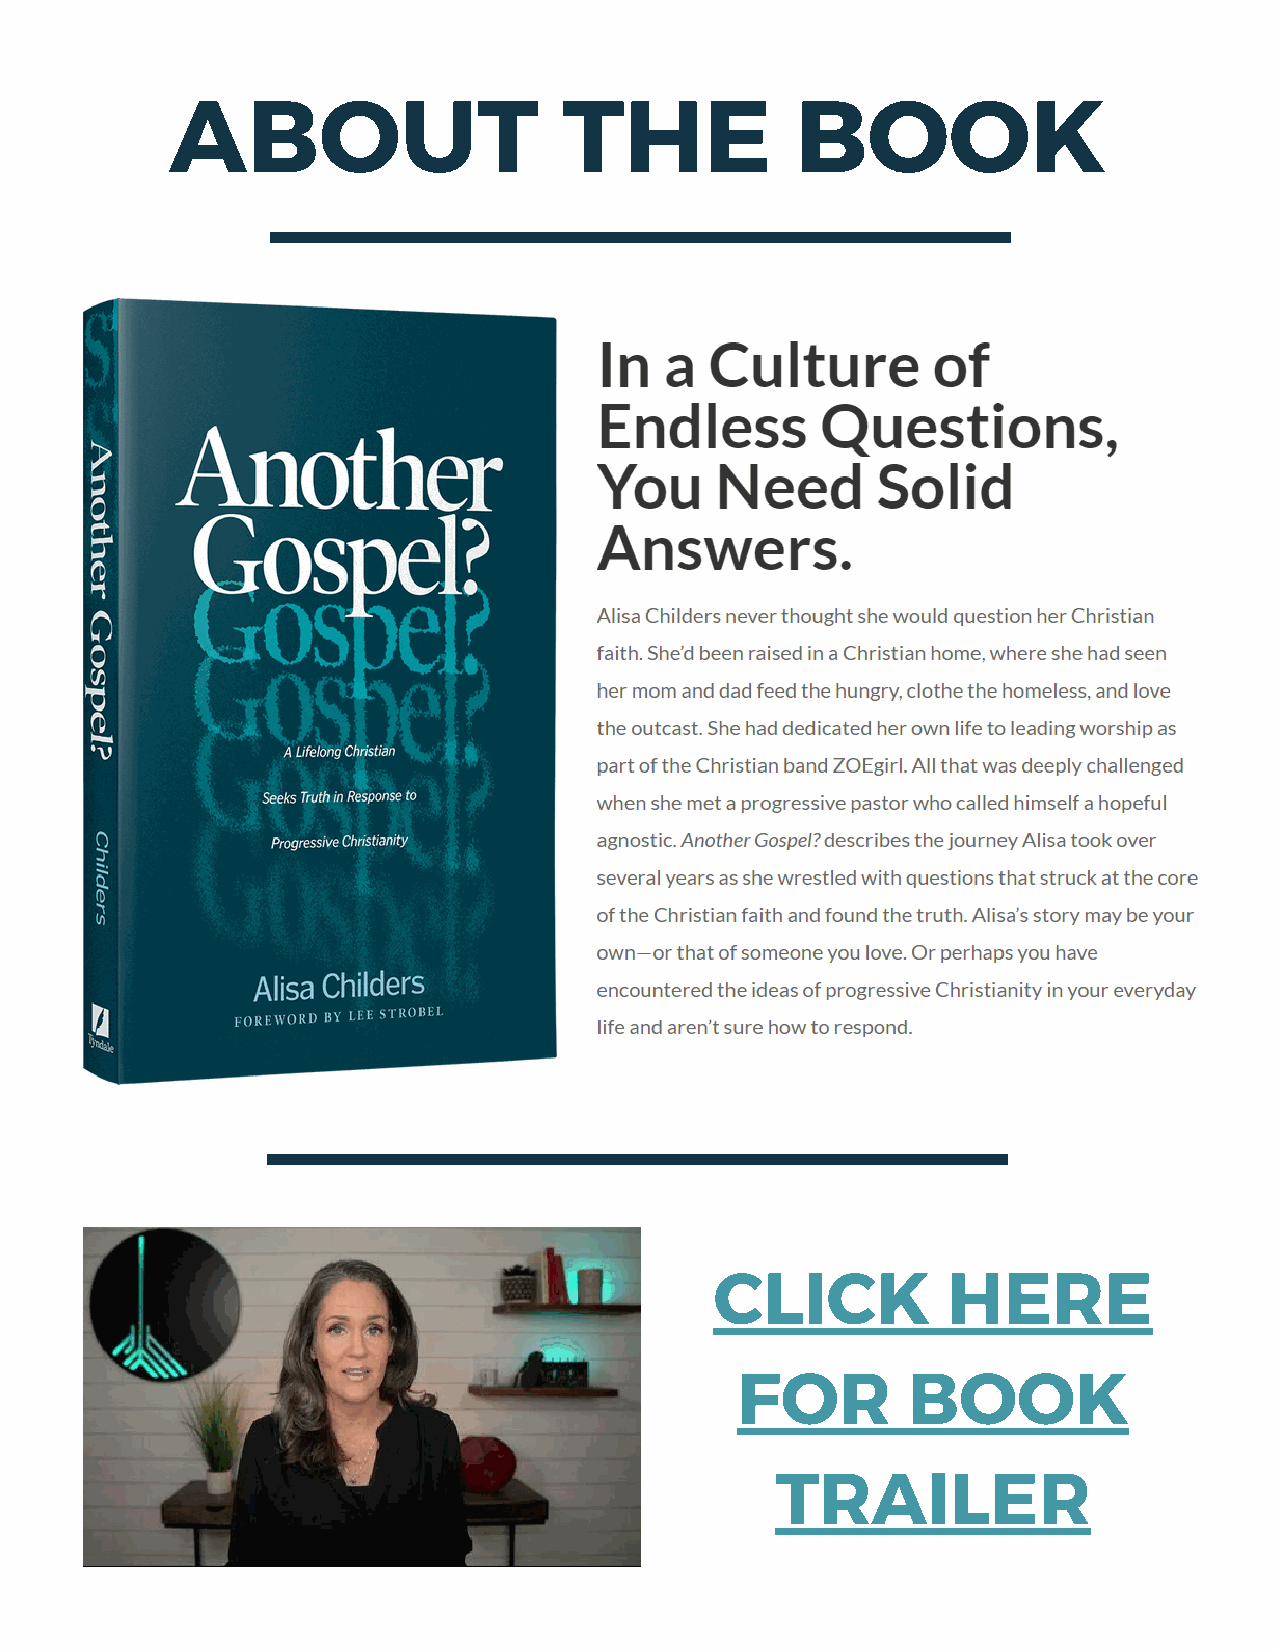
ABOUT                     THE             BOOK
 CLICK           HERE
 FOR        BOOK
 TRAILER